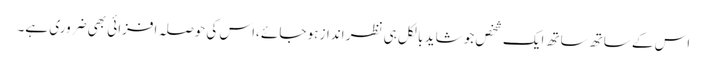
اس کے ساتھ ساتھ ایک شخص جو شاید بالکل ہی نظر انداز ہو جائے ،اس کی حوصلہ افزائی بھی ضروری ہے۔